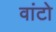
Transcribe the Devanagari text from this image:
वांटो